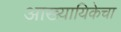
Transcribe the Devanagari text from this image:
आख्यायिकेचा